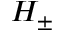
H _ { \pm }